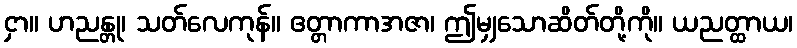
ငှာ။ ဟညန္တု၊ သတ်လေကုန်။ ဧတ္တာကာအဇာ၊ ဤမျှသောဆိတ်တို့ကို။ ယညတ္ထာယ၊